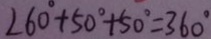
2 6 0 ^ { \circ } + 5 0 ^ { \circ } + 5 0 ^ { \circ } = 3 6 0 ^ { \circ }